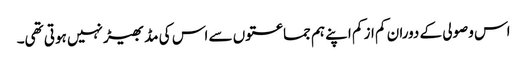
اس وصولی کے دوران کم از کم اپنے ہم جماعتوں سے اس کی مڈبھیڑ نہیں ہوتی تھی۔